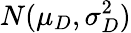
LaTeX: N(\mu_{D},\sigma_{D}^{2})